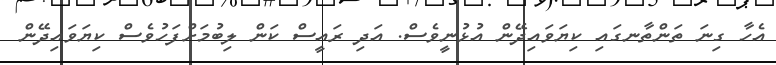
އެހާ ގިނަ ތަންތާނގައި ކިޔަވައިދޭން އުޅުނީވެސް. އަދި ރައީސް ކަން ލިބުމަށްފަހުވެސް ކިޔަވައިދޭން